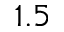
1 . 5